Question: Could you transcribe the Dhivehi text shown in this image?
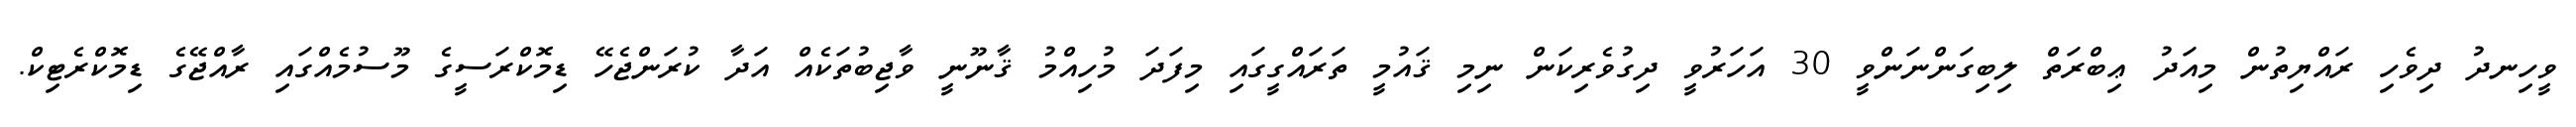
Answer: ވީހިނދު ދިވެހި ރައްޔިތުން މިއަދު ޢިބްރަތް ލިބިގަންނަންވީ 30 އަހަރުވީ ދިގުވެރިކަން ނިމި ޤައުމީ ތަރައްގީގައި މިފަދަ މުހިއްމު ޤާނޫނީ ވާޖިބުތަކެއް އަދާ ކުރަންޖެހޭ ޑިމޮކްރަސީގެ މޫސުމެއްގައި ރާއްޖޭގެ ޑިމޮކްރެޓިކް.